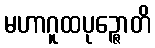
မဟာဂူထပုဉ္ဇောတိ